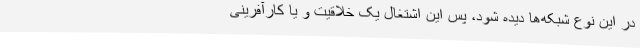
در این نوع شبکه‌ها دیده شود، پس این اشتغال یک خلاقیت و یا کارآفرینی